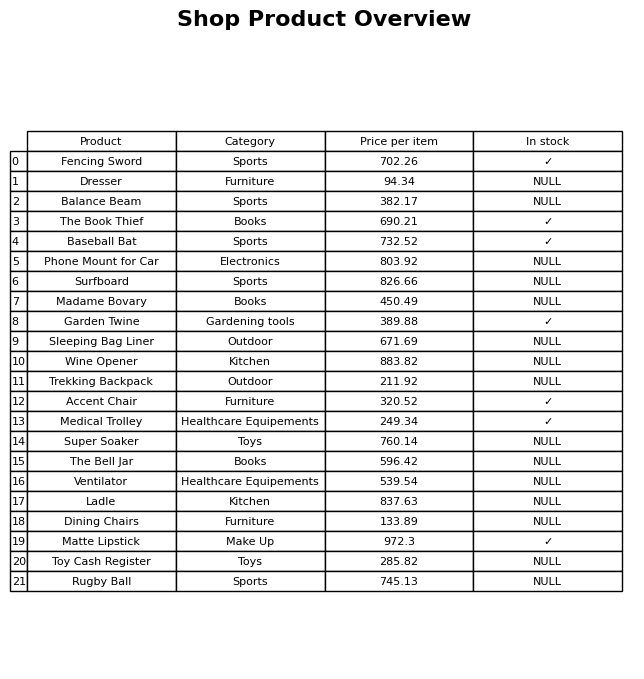
question: What is the price of the Baseball Bat?
answer: The price of Baseball Bat is 732.52.